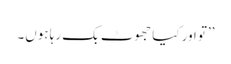
’’تو اور کیا جھوٹ بک رہا ہوں۔